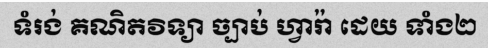
ទំរង់ គណិតវិទ្យា ច្បាប់ ហ្វារ៉ា ដេយ ទាំង២